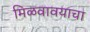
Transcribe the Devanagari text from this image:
मिळवावयाचा